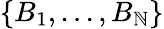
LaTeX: \{ B_{1},\dotsc,B_{\mathbb{N}}\}